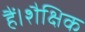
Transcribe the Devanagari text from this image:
हैं।शैक्षिक